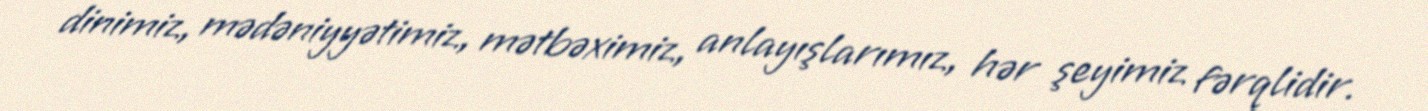
dinimiz, mədəniyyətimiz, mətbəximiz, anlayışlarımız, hər şeyimiz fərqlidir.